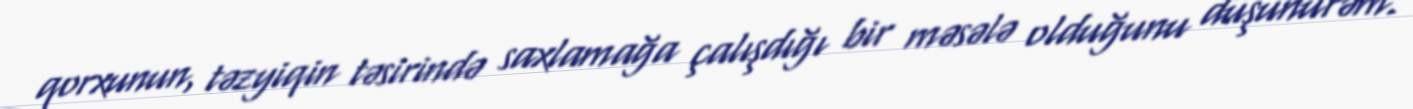
qorxunun, təzyiqin təsirində saxlamağa çalışdığı bir məsələ olduğunu düşünürəm.